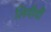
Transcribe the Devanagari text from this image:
लिपीयौं